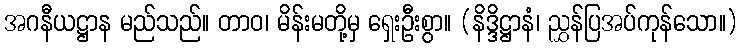
အဂနီယဋ္ဌာန မည်သည်။ တာဝ၊ မိန်းမတို့မှ ရှေးဦးစွာ။ (နိဒ္ဒိဋ္ဌာနံ၊ ညွှန်ပြအပ်ကုန်သော။)